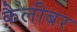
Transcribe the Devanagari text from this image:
कैलीबर